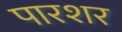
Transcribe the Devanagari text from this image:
पारशर